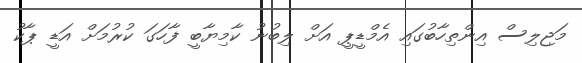
މަޖިލިސް އިންތިހާބުގައި އެމްޑީޕީ އަށް ލިބުނު ކާމިޔާބީ ފާހަގަ ކުރުމަށް އަޑީ ޕާކު